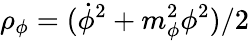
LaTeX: \rho_{\phi}=(\dot{\phi}^{2}+m_{\phi}^{2}\phi^{2})/2